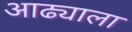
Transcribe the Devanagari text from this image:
आढ्याला